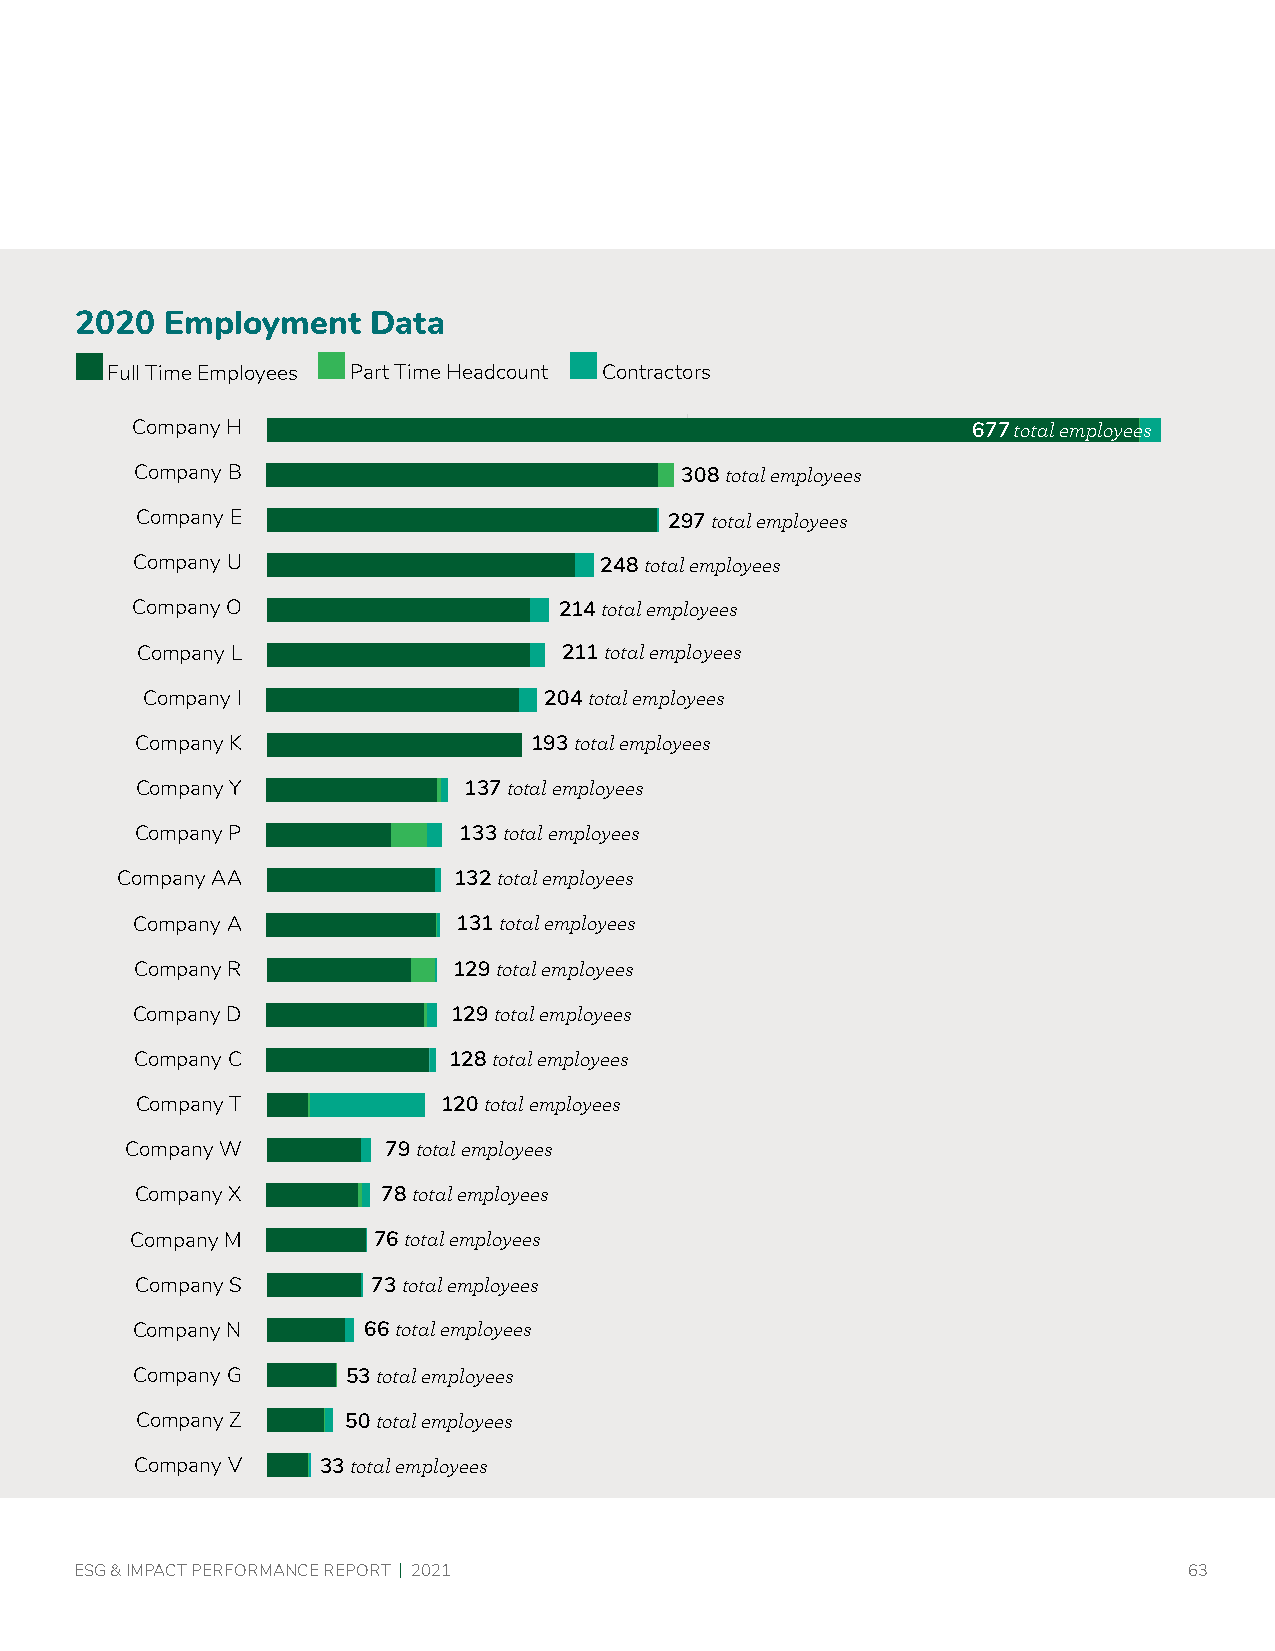
2020  Employment   Data
 Full Time Employees Part Time Headcount Contractors
 Company H                                              677 total employees
 Company B                           308 total employees
 Company E                          297 total employees
 Company U                      248 total employees
 Company O                   214 total employees
 Company L                   211 total employees
 Company I                  204 total employees
 Company K                 193 total employees
 Company Y             137 total employees
 Company P            133 total employees
 Company AA            132 total employees
 Company A            131 total employees
 Company R            129 total employees
 Company D            129 total employees
 Company C            128 total employees
 Company T           120 total employees
 Company W         79 total employees
 Company X       78 total employees
 Company M       76 total employees
 Company S       73 total employees
 Company N      66 total employees
 Company G     53 total employees
 Company Z     50 total employees
 Company V   33 total employees
 ESG & IMPACT PERFORMANCE REPORT | 2021                                    63